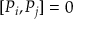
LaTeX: [ P _ { i } , P _ { j } ] = 0